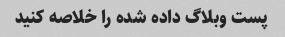
پست وبلاگ داده شده را خلاصه کنید